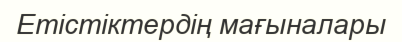
Етістіктердің мағыналары